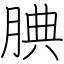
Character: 腆